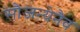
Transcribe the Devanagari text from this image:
सौजन्येनैव